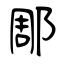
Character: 郮